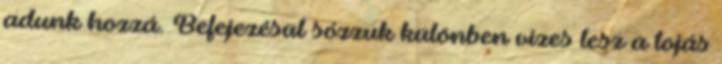
adunk hozzá. Befejezésül sózzuk különben vizes lesz a tojás